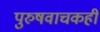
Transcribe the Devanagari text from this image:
पुरुषवाचकही